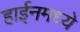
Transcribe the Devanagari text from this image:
हाईनमध्ये